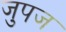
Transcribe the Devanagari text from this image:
जुपज